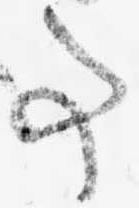
事